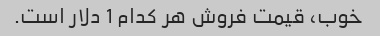
خوب، قیمت فروش هر کدام 1 دلار است.